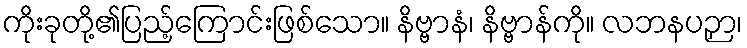
ကိုးခုတို့၏ပြည့်ကြောင်းဖြစ်သော။ နိဗ္ဗာနံ၊ နိဗ္ဗာန်ကို။ လဘနပဉှာ၊